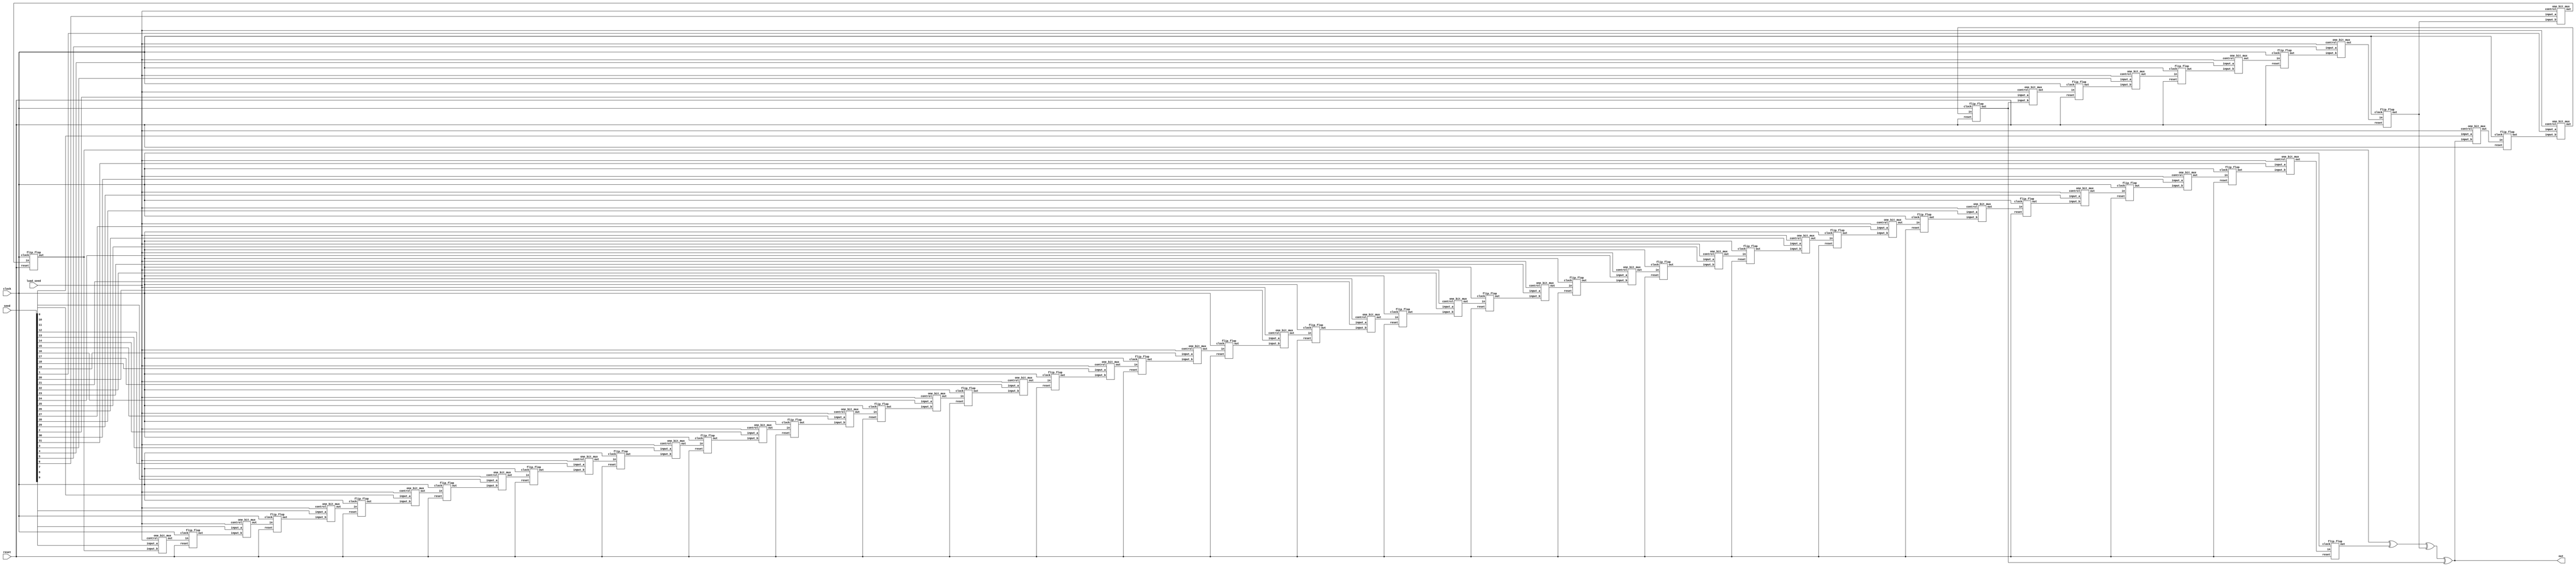
module linear_feedback_shift_register(out, clock, reset, seed, load_seed);
	output out;
	input [31:0] seed;
	input load_seed;
	input reset;
	input clock;
	wire [31:0] flip_flop_outputs;
	wire [31:0] flip_flop_inputs;
	wire feedback1, feedback2, feedback3;
	flip_flop flip_flop_instance[31:0] (flip_flop_outputs, clock, reset, flip_flop_inputs);
	one_bit_mux muxes[31:0] (flip_flop_inputs, load_seed, seed, {flip_flop_outputs[30:0], feedback3});
	xor feedback_gate_one(feedback1, flip_flop_outputs[6], flip_flop_outputs[31]);
	xor feedback_gate_two(feedback2, feedback1, flip_flop_outputs[5]);
	xor feedback_gate_three(feedback3, feedback2, flip_flop_outputs[1]);
	assign out = feedback3;
endmodule

module flip_flop(out, clock, reset, in);
	input clock;
	input reset;
	input in;
	output out;
	reg out;
	always @(posedge clock or posedge reset)
	begin

	if (reset)
		out = 0;
	else
		out = in;
	end
endmodule

module one_bit_mux(out, control, input_a, input_b);
	output out;
	reg out;
	input control, input_a, input_b;
	wire not_control;
	always @(control or not_control or input_a or input_b)
		out = (control & input_a) | (not_control & input_b);
		not (not_control, control);
endmodule